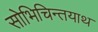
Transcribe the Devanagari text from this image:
सोभिचिन्तयाथ